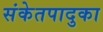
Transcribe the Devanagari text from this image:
संकेतपादुका